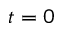
t = 0